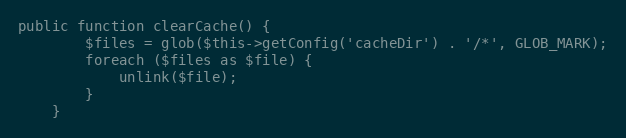
Language: PHP
public function clearCache() {
        $files = glob($this->getConfig('cacheDir') . '/*', GLOB_MARK);
        foreach ($files as $file) {
            unlink($file);
        }
    }